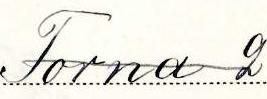
Torna 2